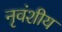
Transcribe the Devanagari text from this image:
नृवंशीय